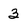
Character: 3